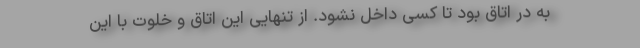
به در اتاق بود تا کسی داخل نشود. از تنهایی این اتاق و خلوت با این